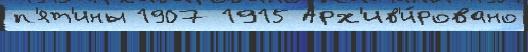
п'ят'ины 1907 1915 Арх'ив'и́ровано